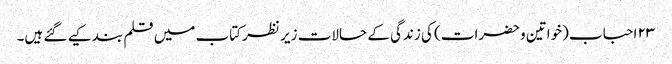
۲۳ احباب (خواتین وحضرات) کی زندگی کے حالات زیر نظر کتاب میں قلم بند کیے گئے ہیں۔